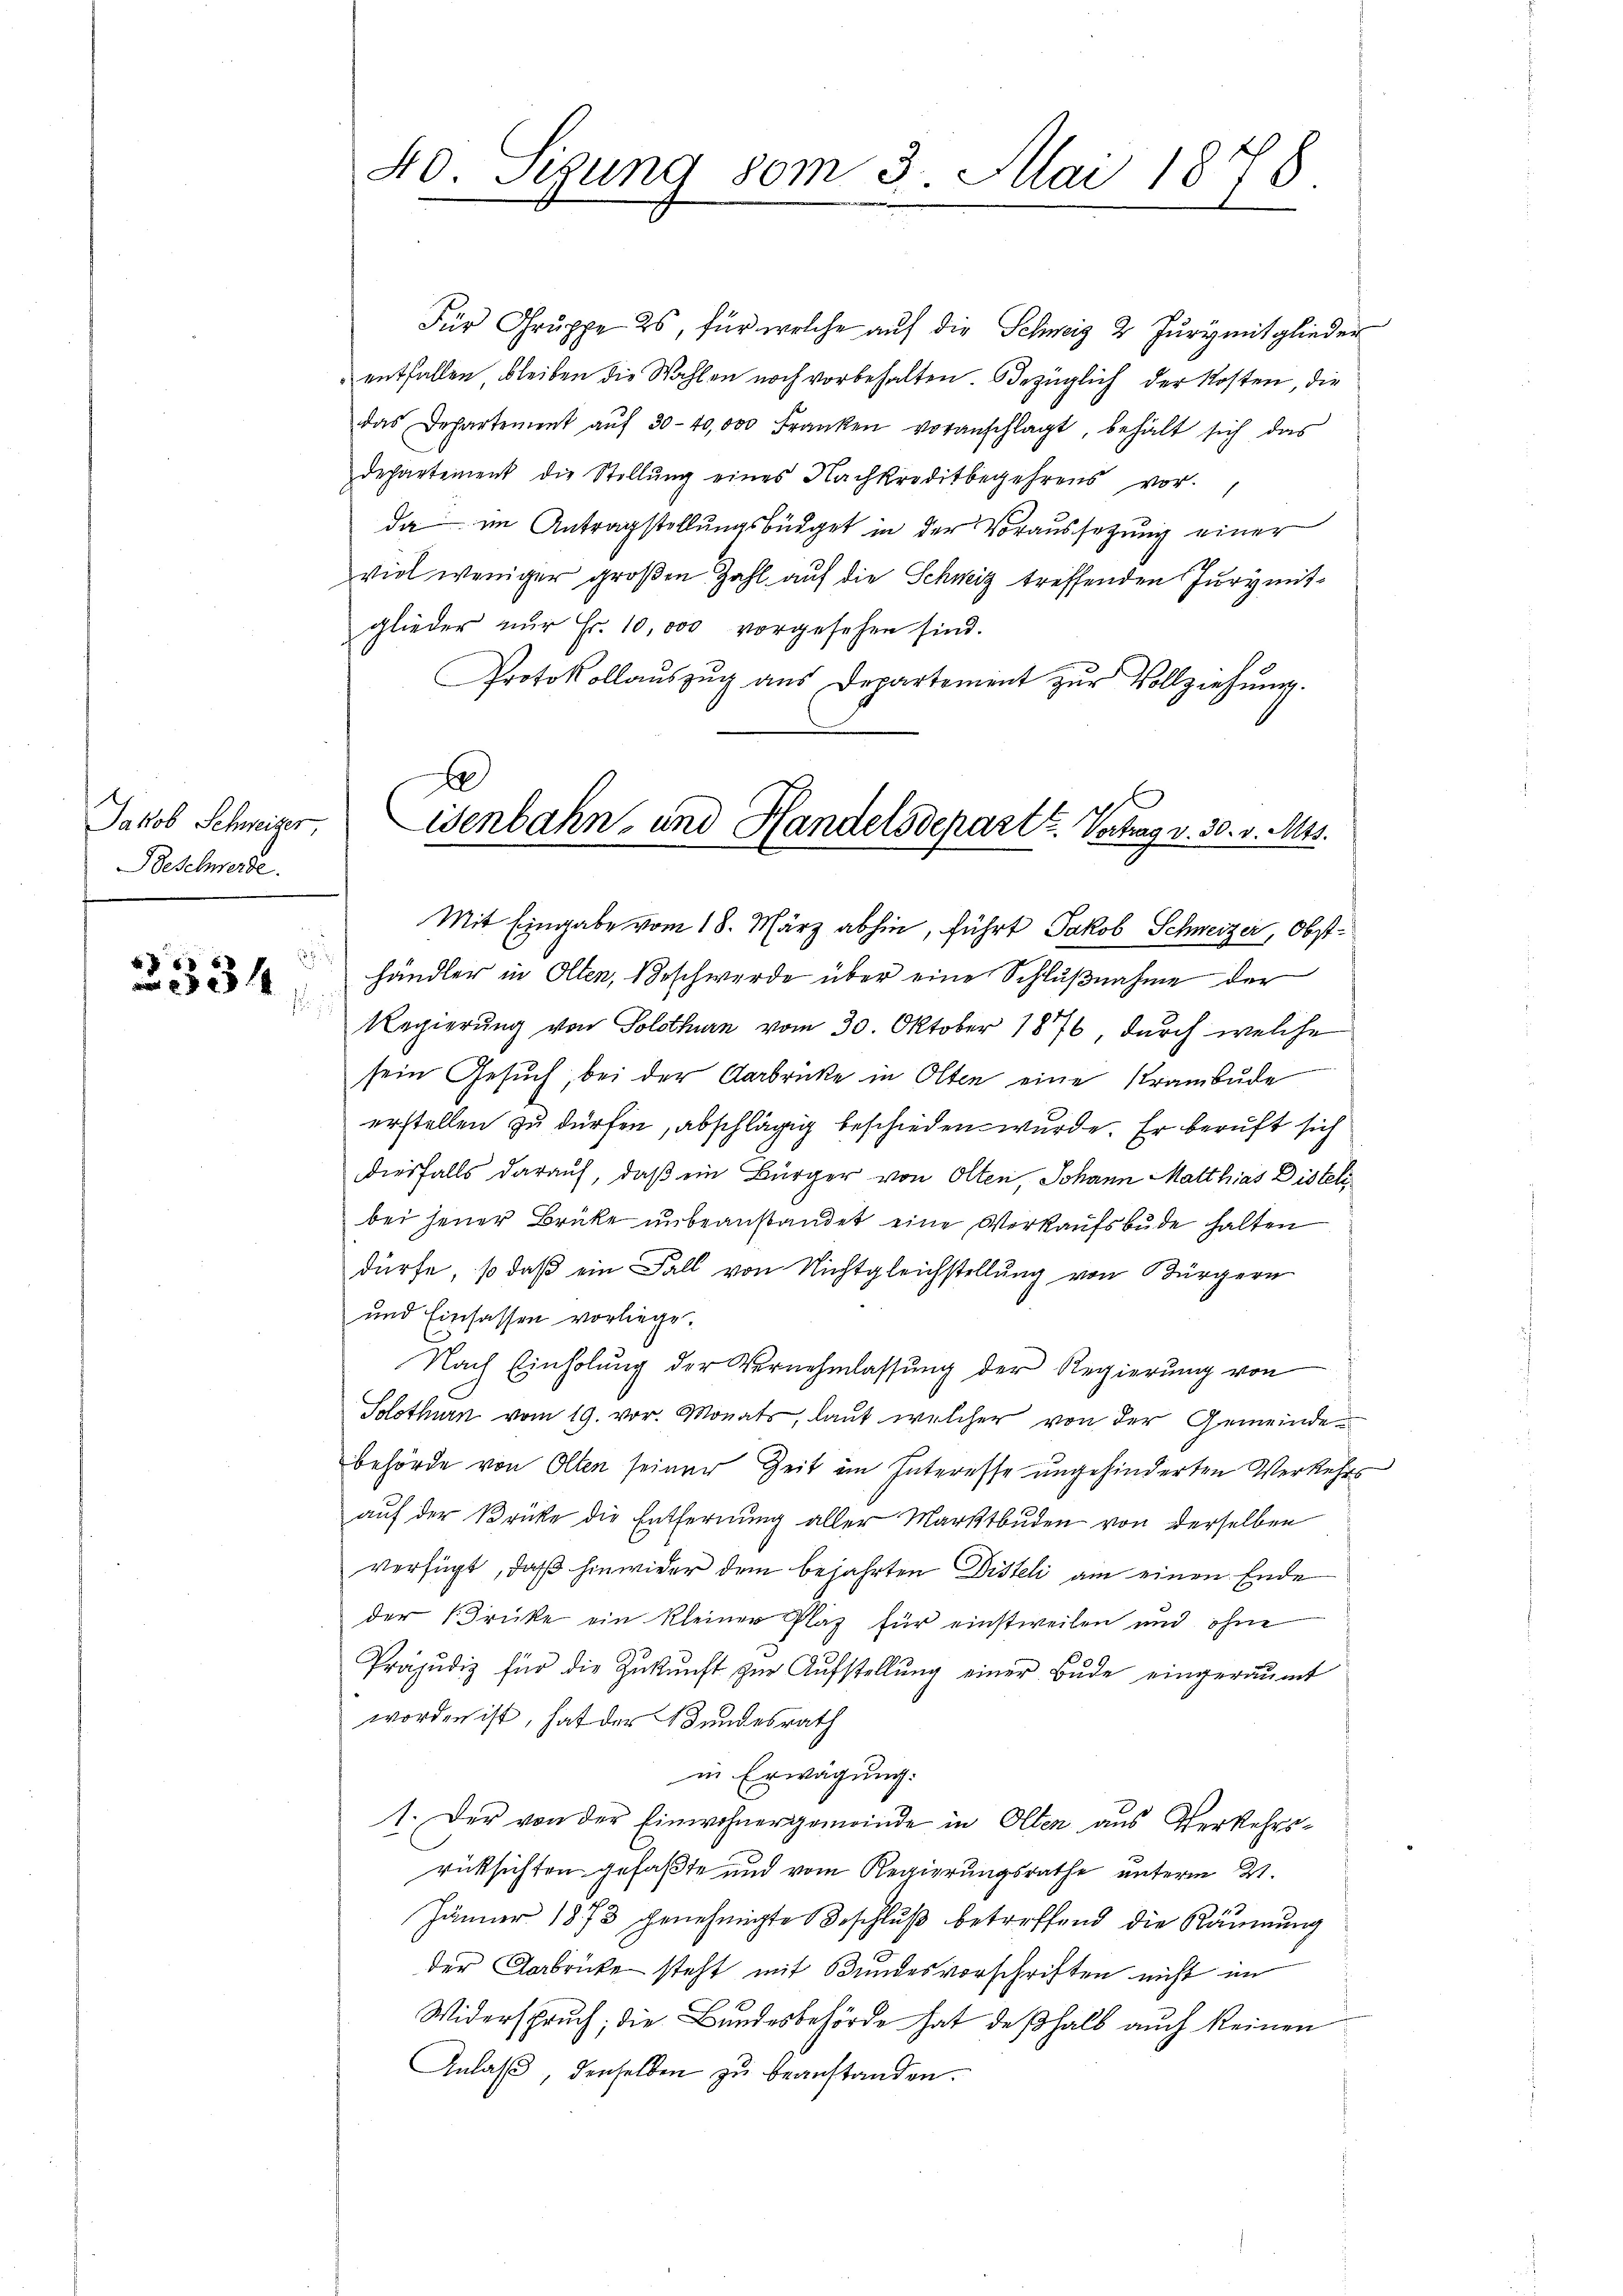
Jakob Schweizer
Beschwerde.

3
2334

40. Segung vom 3. Mai 1878.

x
isenbahn- und Handelsdepart u. Vertrag v. 30. v. Mts.
Mit Eingabe vom 18. März abhin, führt Jakob Schweizer, Obstd

Für Gruppe 2, für welche auf die Schweiz 2 Jurig mitglieder
entfallen bleiben die Wahlen noch vorbehalten. Bezüglich der Kosten, die
das Departement aŭf 30-40,000 Franken voranschlagt, behalt sich das
departement die Stellŭng eines Nachkreditbegehrens vor-
da im Antragstellungsbüdget in der Voraussetzung einer
viel weniger großen Zahl auf die Schweiz treffenden Jury mitglieder nŭr Fr. 10,000 vorgesehen sind.
Protokollaŭszŭg ans Departement zŭr Vollziehung.
händler in Olten, Beschwerde über eine Schlußnahme der
Regierung von Solothurn vom 30. Oktober 1876, durch welche
sein Gesuch, bei der Aarbrücke in Olten eine Krambude
erstellen zu dürfen, abschlägig beschieden wurde. Er beruft sich
diesfalls darauf, daß ein Bürger von Olten, Johann Matthias Distel
bei jener Brüke unbeanstandet eine Verkaufsbude halten
dürfe, so daß ein Fall von Nichtgleichstellŭng von Bürgern
und Einsassen vorliege.
Nach Einholŭng der Vernehmlassŭng der Regierŭng von
Solothurn vom 19. vor. Monats, laut welcher von der Gemeindebehörde von Olten seiner Zeit im Interesse ungehinderten Verkehrs
aŭf der Brücke die Entfernŭng aller Marktbŭden von derselben
verfügt, daß hinwider dem bejahrten Disteli am einen Ende
der Brücke ein kleiner Plaz für einstweilen und ohne
Präjudiz für die Zŭkŭnft zŭr Aŭfstellŭng einer Bude eingeräumt
worden ist, hat der Bundesrath
in Erwägung.
1. Der von der Einwohnergemeinde in Olten aus Verkehrsrücksichten gefaßte und vom Regierungsrathe unterm 21.
Jänner 1873 genehmigte Beschluß betreffend die Räumung
der Verbrücke steht mit Bundesvorschriften nicht im
Widerspruch; die Bundesbehörde hat deßhalb auch keinen
Anlaß, denselben zu beanstanden.

e